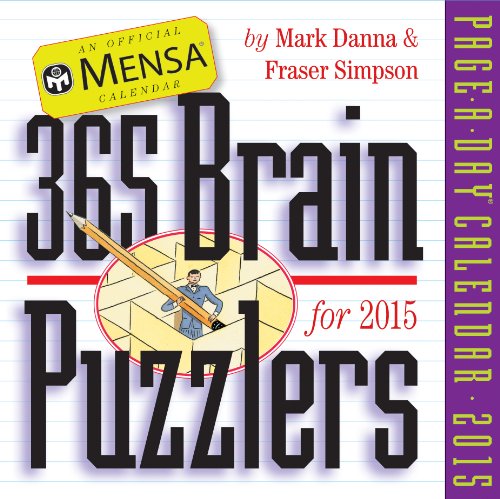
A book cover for Mensa 365 Brain Puzzlers 2015 Page-A-Day Calendar; Mark Danna; Calendars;